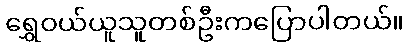
ရွှေဝယ်ယူသူတစ်ဦးကပြောပါတယ်။